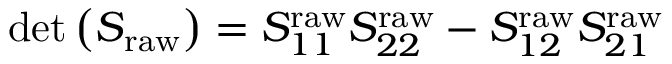
\operatorname* { d e t } \left( \boldsymbol { S } _ { \mathrm { r a w } } \right) = S _ { 1 1 } ^ { \mathrm { r a w } } S _ { 2 2 } ^ { \mathrm { r a w } } - S _ { 1 2 } ^ { \mathrm { r a w } } S _ { 2 1 } ^ { \mathrm { r a w } }